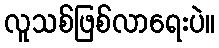
လူသစ်ဖြစ်လာရေးပဲ။